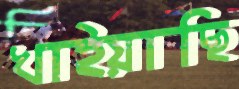
খাইয়াছি